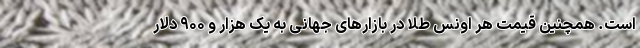
است. همچنین قیمت هر اونس طلا در بازار‌های جهانی به یک هزار و ۹۰۰ دلار